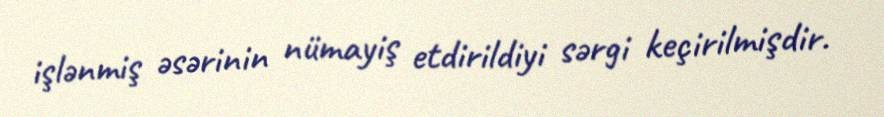
işlənmiş əsərinin nümayiş etdirildiyi sərgi keçirilmişdir.